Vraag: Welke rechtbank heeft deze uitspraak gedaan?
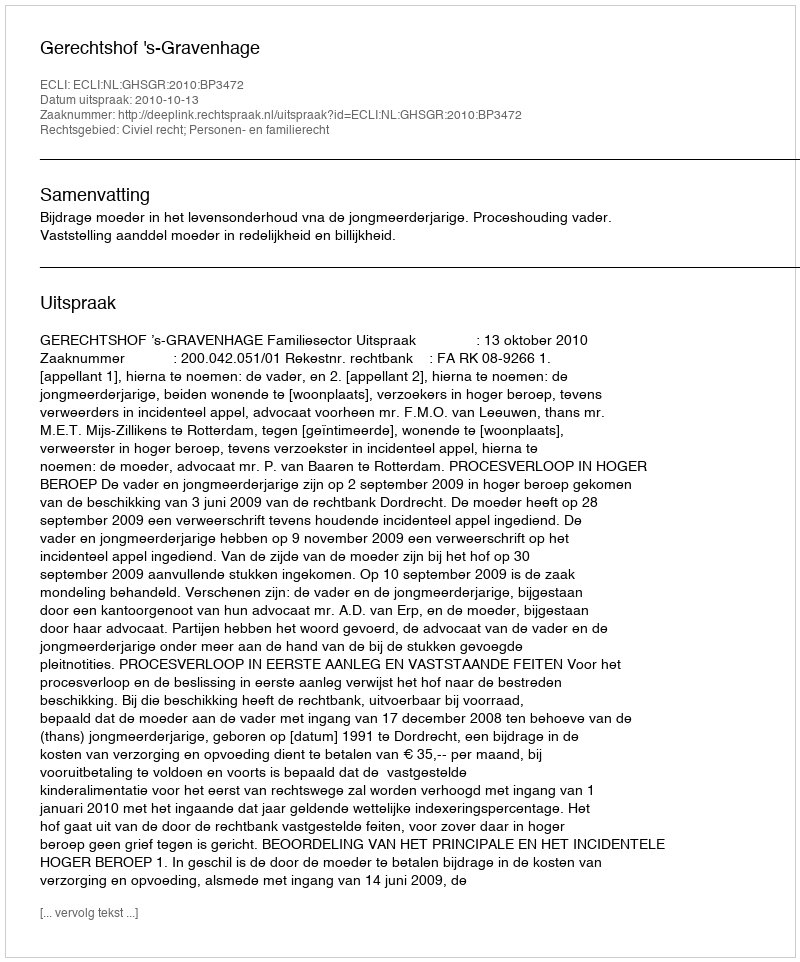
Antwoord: Gerechtshof 's-Gravenhage